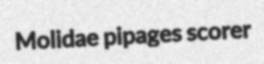
Molidae pipages scorer